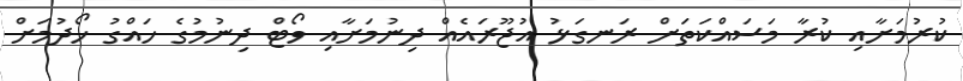
ކުރުމަށާއި ކުރާ މަސައްކަތަށް ރަނގަޅު އުޖޫރައެއް ދިނުމަށާއި ވޯޓް ދިނުމުގެ ހައްގު ހޯދުމަށް